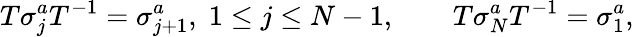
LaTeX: T\sigma_{j}^{a}T^{-1}=\sigma_{j+1}^{a},\; 1\le j\le N-1,\qquad T\sigma_{N}^{a}T^{-1}=\sigma_{1}^{a},